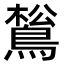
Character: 𪁿